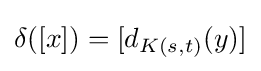
\delta ([x])=[d_{K(s,t)}(y)]